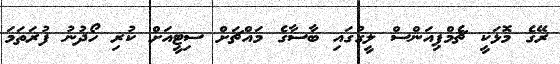
ރޭގެ މޮޅަކީ ޗެމްޕިއަންސް ލީގުގައި ބާސާގެ މައްޗަށް ސިޓީއަށް ކުރި ހޯދުނު ފުރަތަމަ